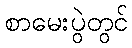
စာမေးပွဲတွင်